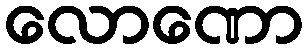
လောဏော